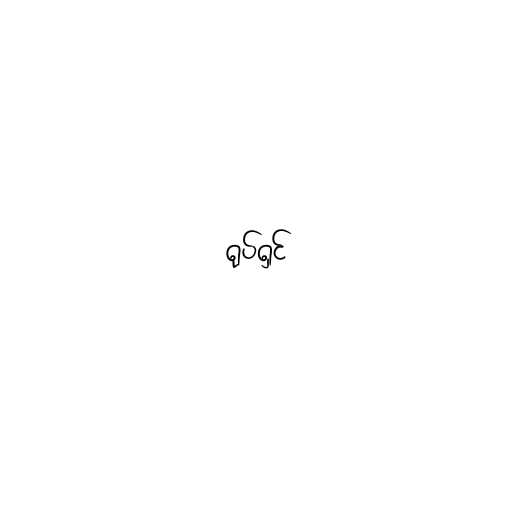
ရုပ်ရှင်